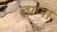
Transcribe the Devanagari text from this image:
ताणा